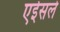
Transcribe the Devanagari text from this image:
एईसले